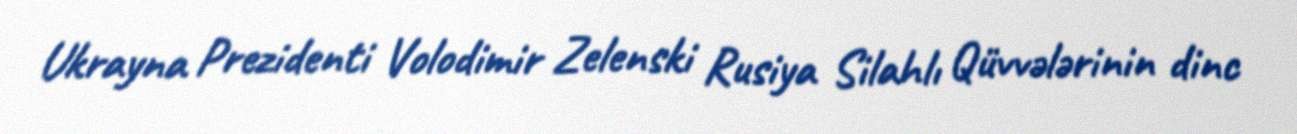
Ukrayna Prezidenti Volodimir Zelenski Rusiya Silahlı Qüvvələrinin dinc